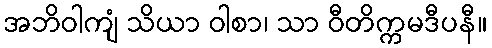
အဘိဝါကျံ သိယာ ဝါစာ၊ သာ ဝီတိက္ကမဒီပနီ။